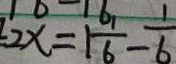
2 x = 1 \frac { 1 } { 6 } - \frac { 1 } { 6 }